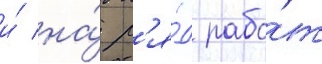
и́ на́ р'я́д рабо́т